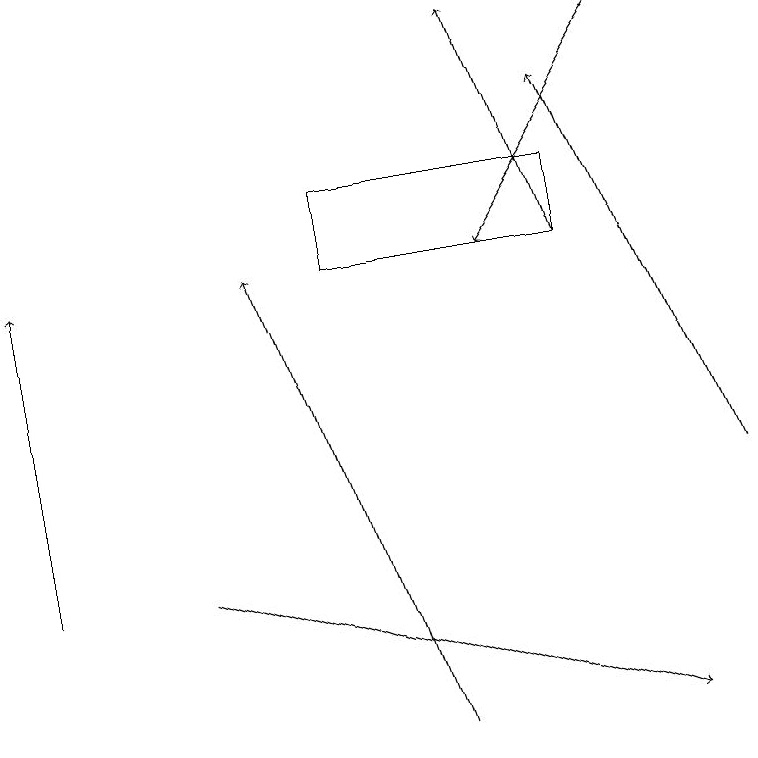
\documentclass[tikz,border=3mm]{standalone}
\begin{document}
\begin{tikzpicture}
\draw[->] (8,19) -- (6,16);
\draw[->] (5,10) -- (3,16);
\draw[->] (7,16) -- (6,19);
\draw[->] (9,13) -- (7,18);
\draw (7,16) rectangle (4,17);
\draw[->] (2,12) -- (8,10);
\draw[->] (0,12) -- (0,16);
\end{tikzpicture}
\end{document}